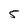
Character: 5